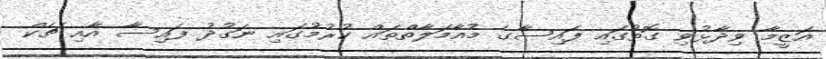
އަޒީމާ ވިދާޅުވި ގޮތުގައި ފައިސާގެ މުއާމަލާތްތައް ކުރުމުގައި ނަގުދު ފައިސާ އާއި ޗެކް